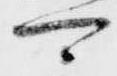
可